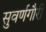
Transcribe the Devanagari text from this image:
सुवर्णगौरी